Civil Veterinary Department. Madras. Admin. report 1910-25 - 1910-1925
Year: 1910
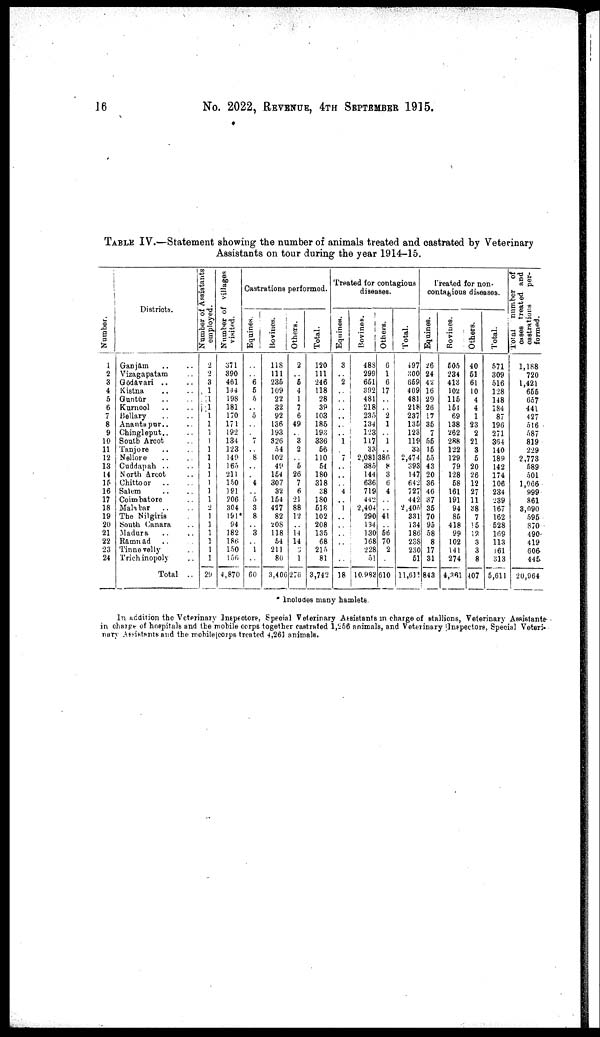
16
No. 2022, REVENUE, 4TH SEPTEMBER 1915.
TABLE IV.—Statement showing the number of animals treated and castrated by Veterinary
Assistants on tour during the year 1914-15.
Number.
1
2
3
4
5
6
7
8
9
10
11
12
13
14
15
16
17
18
19
20
21
22
23
24
Districts.
Ganjâm .. ..
Vizagapatam ..
Gōdāvari .. ..
Kistna .. ..
Guntūr .. ..
Kurnool .. ..
Bellary .. ..
Anantspur .. ..
Chingleput.. ..
South Arcot ..
Tanjore .. ..
Nellore .. ..
Cuddapah .. ..
North Arcot ..
Chittoor .. ..
Salem .. ..
Coim batore ..
Malabar .. ..
The Nilgiris
South Canara ..
Madura .. ..
Ramnad .. ..
Tinnevelly ..
Trichinopoly ..
Total ..
Number of Assistants
employed.
2
2
3
1
1
1
1
1
1
1
1
1
1
1
1
1
1
2
1
1
1
1
1
1
29
Number of villages
visited.
371
390
461
144
198
181
170
171
192
134
123
149
165
211
150
191
206
304
191*
94
182
186
150
156
4,870
Castrations performed.
Eqnines.
..
..
6
5
5
..
5
..
..
7
..
8
..
..
4
..
5
3
8
..
3
..
1
..
60
Bovines.
118
111
235
109
22
32
92
136
193
326
54
102
49
154
307
32
154
427
82
208
118
54
211
80
3,406
Others.
2
..
5
4
1
7
6
49
..
3
2
..
5
26
7
6
21
88
12
..
14
14
5
1
276
Total.
120
111
246
118
28
39
103
185
193
336
56
110
54
180
318
38
180
518
102
208
135
68
215
81
3,742
Treated for contagious
diseases.
Equines.
3
..
2
..
..
..
..
..
..
1
..
7
..
..
..
4
..
1
..
..
..
..
..
..
18
Bovines.
488
299
651
392
481
218
235
134
123
117
33
2,081
385
144
636
719
442
2,404
290
134
130
168
228
51
10,983
Others.
6
1
6
17
..
..
2
1
..
1
..
386
8
3
6
4
..
..
41
..
56
70
2
..
610
Total.
497
300
659
409
481
218
237
135
123
119
33
2,474
393
147
642
727
442
2,405
331
134
186
238
230
51
11,611
Treated for non
contagious diseases.
Equines.
26
24
42
16
29
26
17
35
7
56
15
55
43
20
36
46
37
35
70
95
58
8
17
31
843
Bovines.
505
234
413
102
115
151
69
138
262
288
122
129
79
128
58
161
191
94
85
418
99
102
141
274
4,361
Others.
40
51
61
10
4
4
1
23
2
21
3
5
20
26
12
27
11
38
7
15
12
3
3
8
407
Total.
571
309
516
128
148
184
87
196
271
364
140
189
142
174
106
234
239
167
162
628
169
113
161
313
5,611
Total number of
cases
treated and
castrations
per
formed.
1,188
720
1,421
655
657
441
427
516
587
819
229
2,773
589
501
1,966
999
861
3,090
595
870
490
419
606
445
20,964
* Includes many hamlets
In addition the Veterinary Inspectore, Special Veterinary Assistants in charge of stallions, Veterinary Assistante-
in charge of hospitals and the mobile corps together castrated 1,256 animals, and Veterinary Inspectors, Special Veteri-
nary Assistants and the mobile corps treated 4,261 animals.